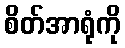
စိတ်အာရုံကို